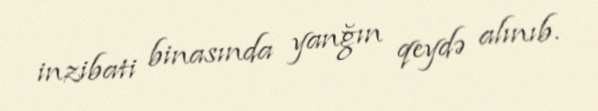
inzibati binasında yanğın qeydə alınıb.